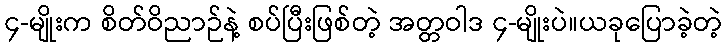
၄-မျိုးက စိတ်ဝိညာဉ်နဲ့ စပ်ပြီးဖြစ်တဲ့ အတ္တဝါဒ ၄-မျိုးပဲ။ယခုပြောခဲ့တဲ့